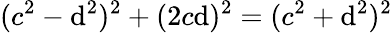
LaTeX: (c^{2}-\mathrm{d}^{2})^{2}+(2c\mathrm{d})^{2}=(c^{2}+\mathrm{d}^{2})^{2}